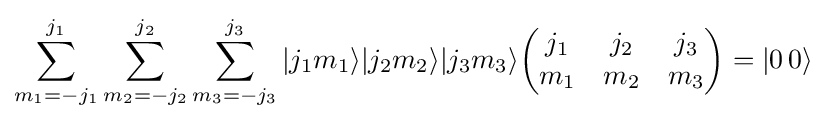
\sum _{m_{1}=-j_{1}}^{j_{1}}\sum _{m_{2}=-j_{2}}^{j_{2}}\sum _{m_{3}=-j_{3}}^{j_{3}}|j_{1}m_{1}\rangle |j_{2}m_{2}\rangle |j_{3}m_{3}\rangle {\begin{pmatrix}j_{1}&j_{2}&j_{3}\\m_{1}&m_{2}&m_{3}\end{pmatrix}}=|0\,0\rangle